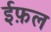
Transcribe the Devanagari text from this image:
ईफ़ल